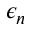
\epsilon _ { n }